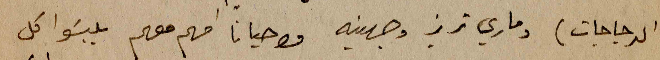
الدجاجات) وماري تريز وجهينه واحيانا امهم معهم يلبسَوا كل